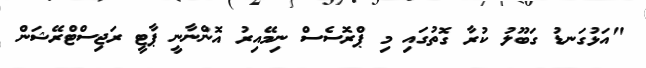
"އަޅުގަނޑު ގަބޫލު ކުރާ ގޮތުގައި މި ޕްރޮސެސް ނިމޭއިރު އޮންނާނީ ޕާޓީ ރަޖިސްޓްރޭޝަން